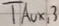
Text: TAUX,3